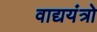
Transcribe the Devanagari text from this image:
वाद्ययंत्रो